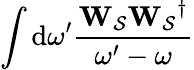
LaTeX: \int{\mathrm{d}\omega^{\prime}\frac{\mathbf{W_{\mathcal{S}}}\mathbf{W_{\mathcal{S}}}^{\dagger}}{\omega^{\prime}-\omega}}